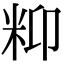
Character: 𥸾